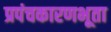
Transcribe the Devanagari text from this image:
प्रपंचकारणभूता